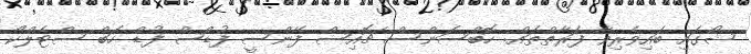
ޝޯގައި ބައިވެރިވާ ފަރާތްތައް: ހޮބްސަންސް ޗޮއިސް ފޭންސީ ފުޑްސް ފުޑް ހަބް ސްޓެލްކޯ